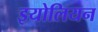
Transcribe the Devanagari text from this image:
इयोलियन